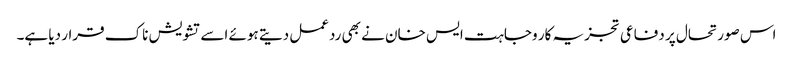
اس صورتحال پر دفاعی تجزیہ کار وجاہت ایس خان نے بھی ردعمل دیتے ہوئے اسے تشویش ناک قرار دیا ہے۔